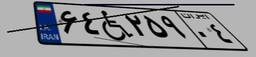
۶۴W۲۵۹۰۴